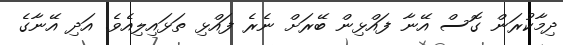
ދިމާކުރަން ގޮސް އޭނާ ފައްޅިން ބޭރަށް ނެރެ ފައްޅި ތަޅައިލިއެވެ. އަދި އޭނާގެ